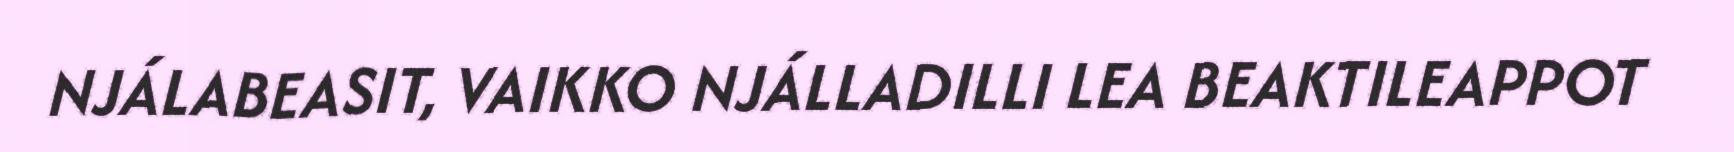
NJÁLABEASIT, VAIKKO NJÁLLADILLI LEA BEAKTILEAPPOT